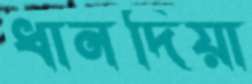
ধানদিয়া